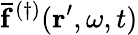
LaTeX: \mathbf{\bar{f}}^{(\dagger)}(\mathbf{r}^{\prime},\omega,t)